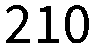
210